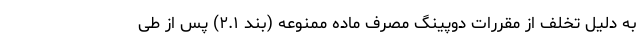
به دلیل تخلف از مقررات دوپینگ مصرف ماده ممنوعه (بند ۲.۱) پس از طی